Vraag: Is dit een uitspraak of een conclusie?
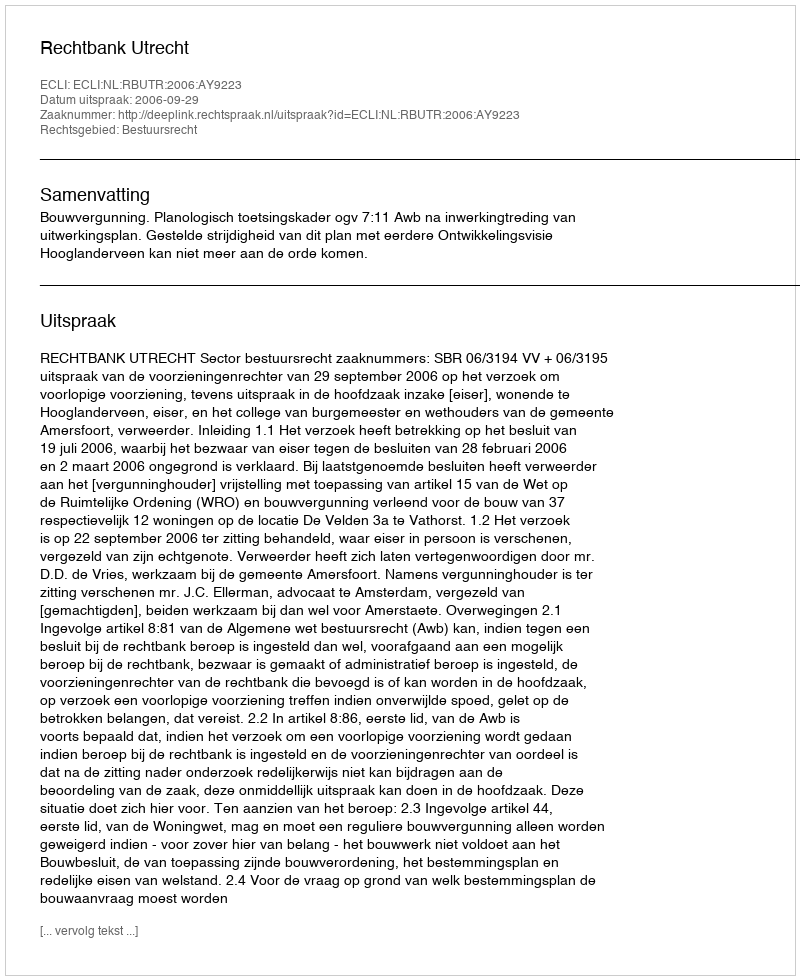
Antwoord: Uitspraak